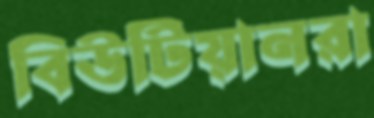
বিউটিয়ানরা